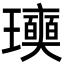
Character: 𤫓